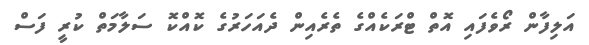
އަލިފާން ރޯވެފައި އޮތް ޓްރަކެއްގެ ތެރެއިން ދެއަހަރުގެ ކޮއްކޮ ސަލާމަތް ކުރީ ފަސް